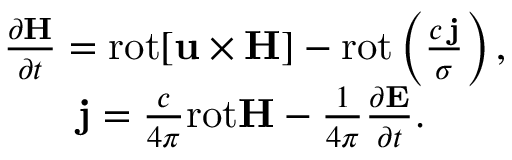
\begin{array} { r } { \frac { \partial { \bf H } } { \partial t } = \mathrm { r o t } { \bf [ u \times { \bf H } ] } - \mathrm { r o t } \left( \frac { c \, { \bf j } } { \sigma } \right) , \quad } \\ { { \bf j } = \frac { c } { 4 \pi } \mathrm { r o t } { \bf H } - \frac { 1 } { 4 \pi } \frac { \partial { \bf E } } { \partial t } . \qquad \quad } \end{array}